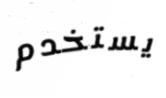
يستخدم